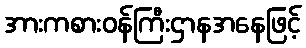
အားကစားဝန်ကြီးဌာနအနေဖြင့်